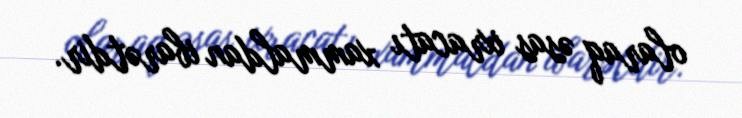
olaraq əsas ixracatı xammaldan ibarətdir.